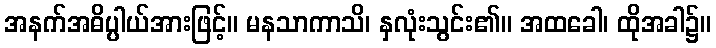
အနက်အဓိပ္ပါယ်အားဖြင့်။ မနသာကာသိ၊ နှလုံးသွင်း၏။ အထခေါ၊ ထိုအခါ၌။